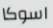
اسوكا